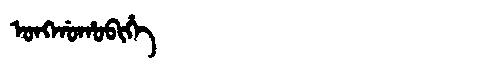
Manchu: ᠣᠩᡤᠣᡥᠣᠪᡳᡥᡝ
Romanization: ONGGOHOBIHE